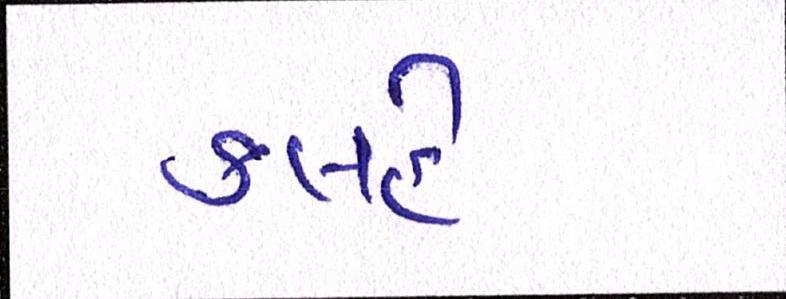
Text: કલહે